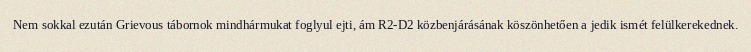
Nem sokkal ezután Grievous tábornok mindhármukat foglyul ejti, ám R2-D2 közbenjárásának köszönhetően a jedik ismét felülkerekednek.